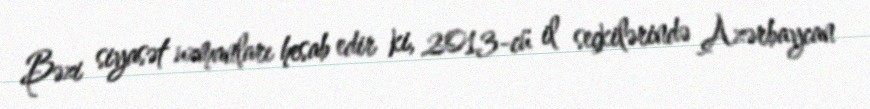
Bəzi siyasət uzmanları hesab edir ki, 2013-cü il seçkilərində Azərbaycan